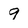
Character: 9